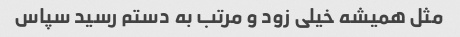
مثل همیشه خیلی زود و مرتب به دستم رسید سپاس